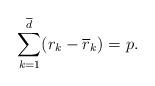
LaTeX: \begin{align*} \sum_{k=1}^{\overline d} (r_k-\overline r_k) =p.\end{align*}